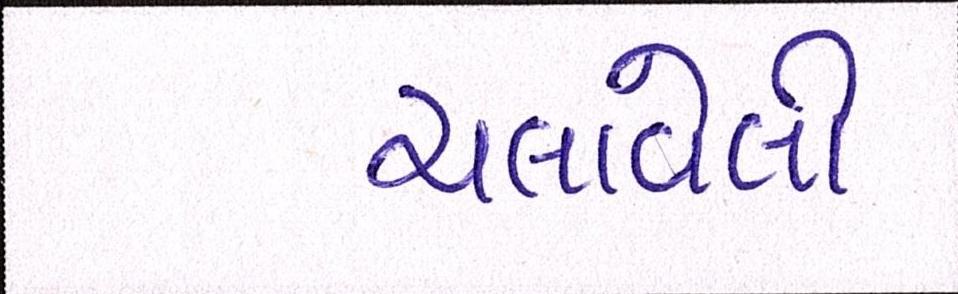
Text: ચલાવેલી